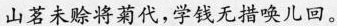
山茗未赊将菊代，学钱无措唤儿回。